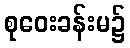
စုဝေးခန်းမ၌